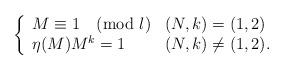
LaTeX: \begin{align*}\left\{\begin{array}{ll}M\equiv1\pmod{l} & (N,k)=(1,2) \\\eta(M)M^k=1 & (N,k)\not=(1,2).\end{array}\right.\end{align*}